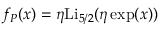
f _ { P } ( x ) = \eta \mathrm { L i } _ { 5 / 2 } ( \eta \exp ( x ) )